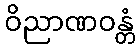
ဝိညာဏဝန္တံ